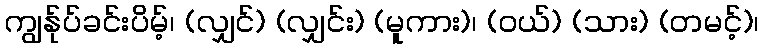
ကျွန်ုပ်ခင်းပိမ့်၊ (လျှင်) (လျှင်း) (မူကား)၊ (ဝယ်) (သား) (တမင့်)၊